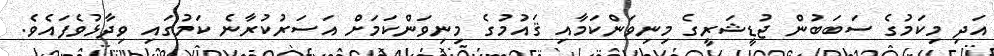
އަދި މިކަމުގެ ސަބަބުން ޖުޑީޝަރީގެ މިނިވަންކަމާއި ޤައުމުގެ މިނިވަންކަމަށް އަސަރުކުރާނެ ކަމުގައި ވިދާޅުވެފައެވެ.